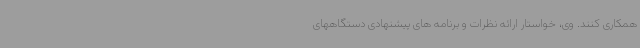
همکاری کنند. وی، خواستار ارائه نظرات و برنامه های پیشنهادی دستگاههای